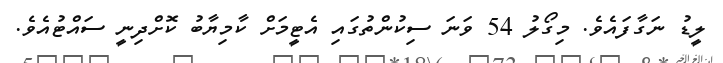
ލީޑު ނަގާފައެވެ. މިގޯލު 54 ވަނަ ސިކުންތުގައި އެޓީމަށް ކާމިޔާބު ކޮށްދިނީ ސައްޓުއެވެ.